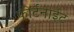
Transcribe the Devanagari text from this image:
फोर्टनाईट